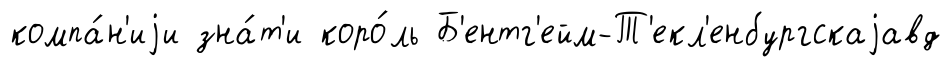
компа́н'иjи зна́т'и коро́ль Б'ентг'ейм-Т'екл'енбургскаjавд